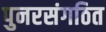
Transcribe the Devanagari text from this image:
पुनरसंगठित